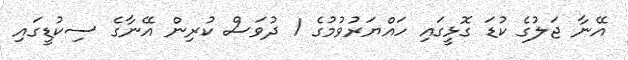
އޭނާ ޖަލުގެ ކުޑަ ގޮޅީގައި ހައްޔަރުވުމުގެ 1 ދުވަސް ކުރިން އޭނާގެ ސިކުޑީގައި